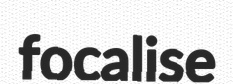
focalise